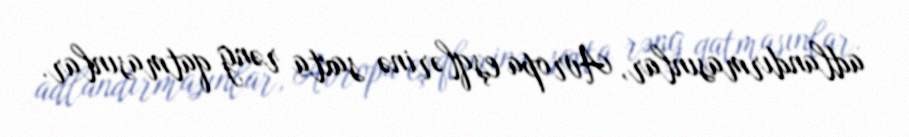
adlandırmasınlar, Avropa eşqlərinə saxta rəng qatmasınlar.